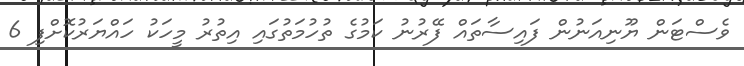
ވެސްޓަން ޔޫނިއަނުން ފައިސާތައް ފޭރުނު ކަމުގެ ތުހުމަތުގައި އިތުރު މީހަކު ހައްޔަރުކޮށްފި 6